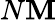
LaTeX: N\mathbf{M}